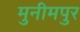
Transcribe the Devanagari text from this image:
मुनीमपुर